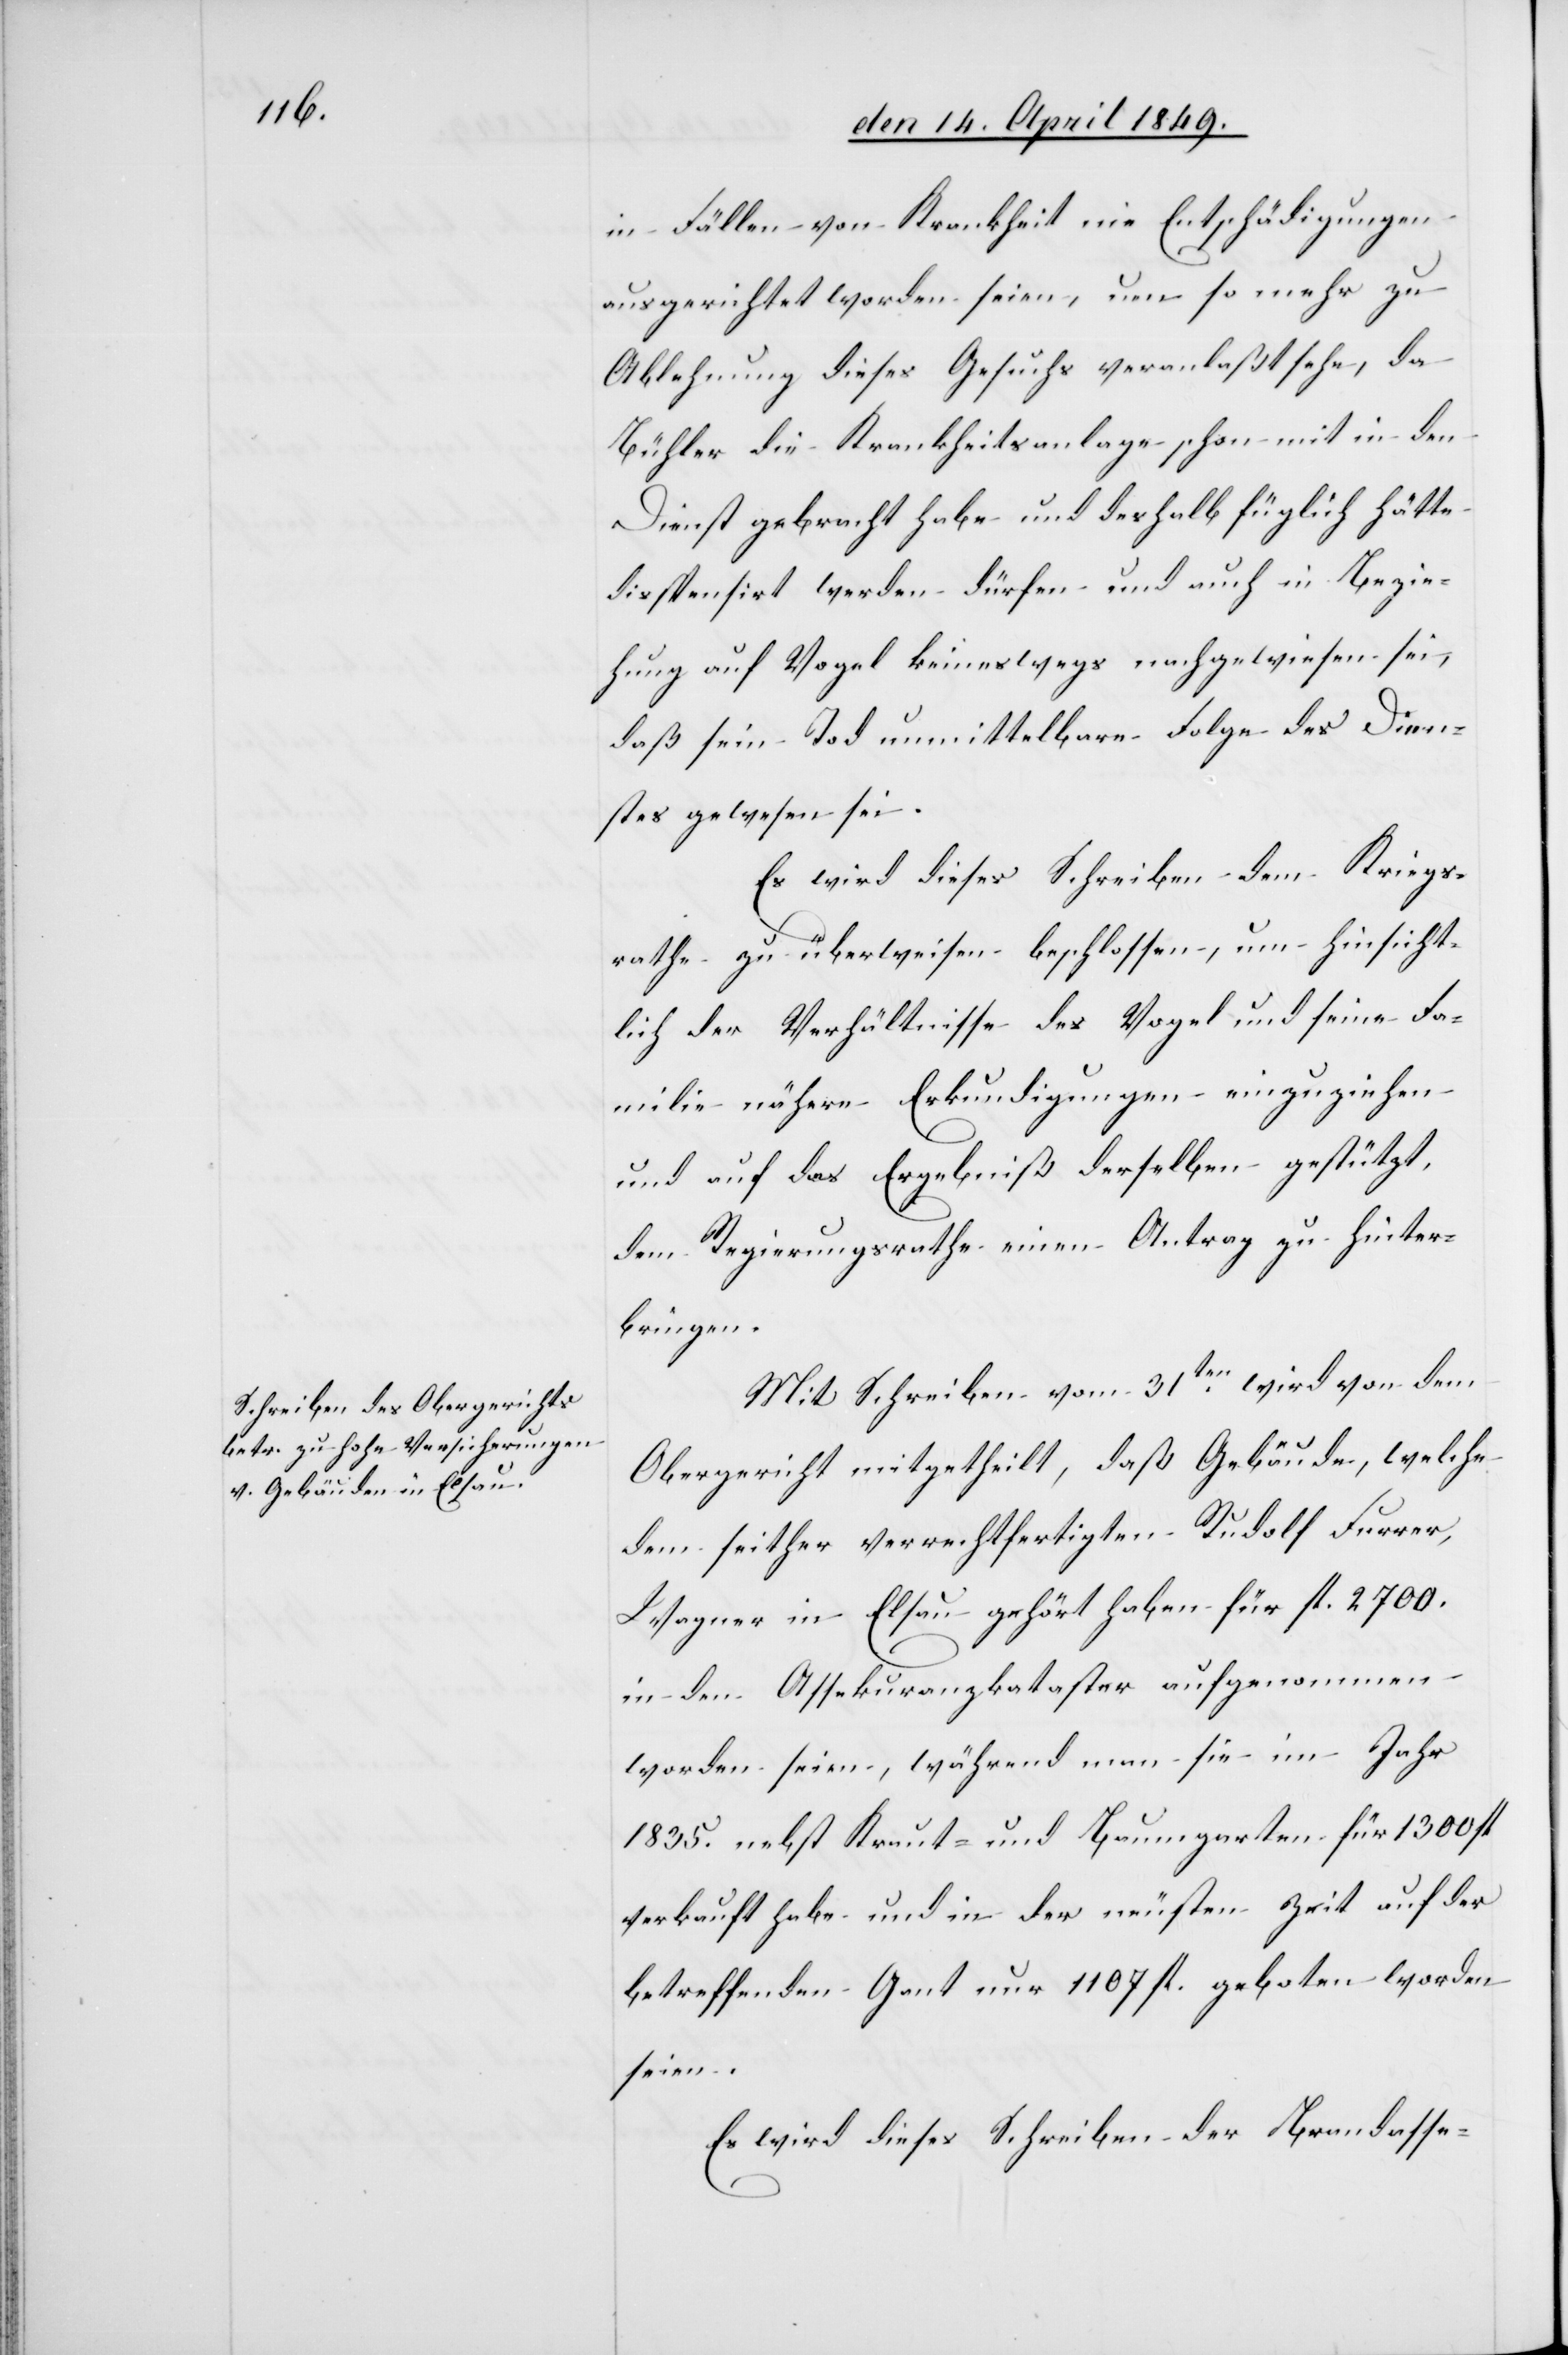
in Fällen von Krankheit nie Entschädigungen
ausgerichtet worden seien, um so mehr zu
Ablehnung dieses Gesuchs veranlaßt sehe, da
Bühler die Krankheitsanlage schon mit in den
Dienst gebracht habe und deshalb füglich hätte
dispensirt werden dürfen und auch in Bezie¬
hung auf Vogel keineswegs nachgewiesen sei,
daß sein Tod unmittelbare Folge des Dien¬
stes gewesen sei.
Es wird dieses Schreiben dem Kriegs¬
rathe zu überweisen beschlossen, um hinsicht¬
lich der Verhältnisse des Vogel und seine[r] Fa¬
milie nähere Erkundigungen einzuziehen
und auf das Ergebniß derselben gestützt,
dem Regierungsrathe einen Antrag zu hinter¬
bringen.
Mit Schreiben vom 31ten wird von dem
Obergericht mitgetheilt, daß Gebäude, welche
dem seither verrechtfertigten Rudolf Furrer,
Wagner in Elsau gehört haben für fl. 2700.
in den Assekuranzkataster aufgenommen
worden seien, während man sie im Jahr
1835. nebst Kraut- und Baumgarten für 1300. fl.
verkauft habe und in der neusten Zeit auf der
betreffenden Gant nur 1107 fl. geboten worden
seien.
Es wird dieses Schreiben der Brandasse-